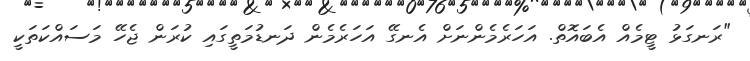
"ރަނގަޅު ޓީމެއް އެބައޮތް. އަހަރެމެންނަށް އެނގޭ އަހަރެމެން ދަނޑުމަތީގައި ކުރަން ޖެހޭ މަސައްކަތަކީ